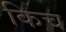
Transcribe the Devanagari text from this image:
किच